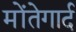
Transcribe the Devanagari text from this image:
मोंतेगार्द